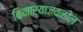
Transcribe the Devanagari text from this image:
किनाऱ्‍याजवळील